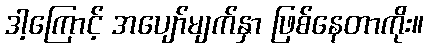
ဒါ့ကြောင့် အပျော်မျက်နှာ ဖြစ်နေတာကိုး။